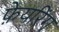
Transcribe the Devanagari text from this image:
फ़ेयरिंग